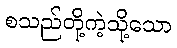
စသည်တို့ကဲ့သို့သော